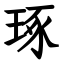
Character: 琢